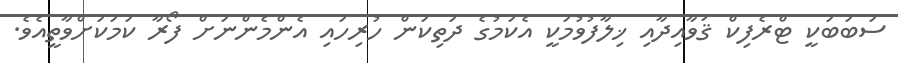
ސަބަބަކީ ޓްރެފިކް ޤަވާއިދާއި ޚިލާފުވުމަކީ އެކަމުގެ ދަތިކަން ހުރިހައި އެންމެންނަށް ފޯރާ ކަމަކަށްވާތީއެވެ.